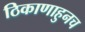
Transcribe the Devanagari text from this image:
ठिकाणाहुनच